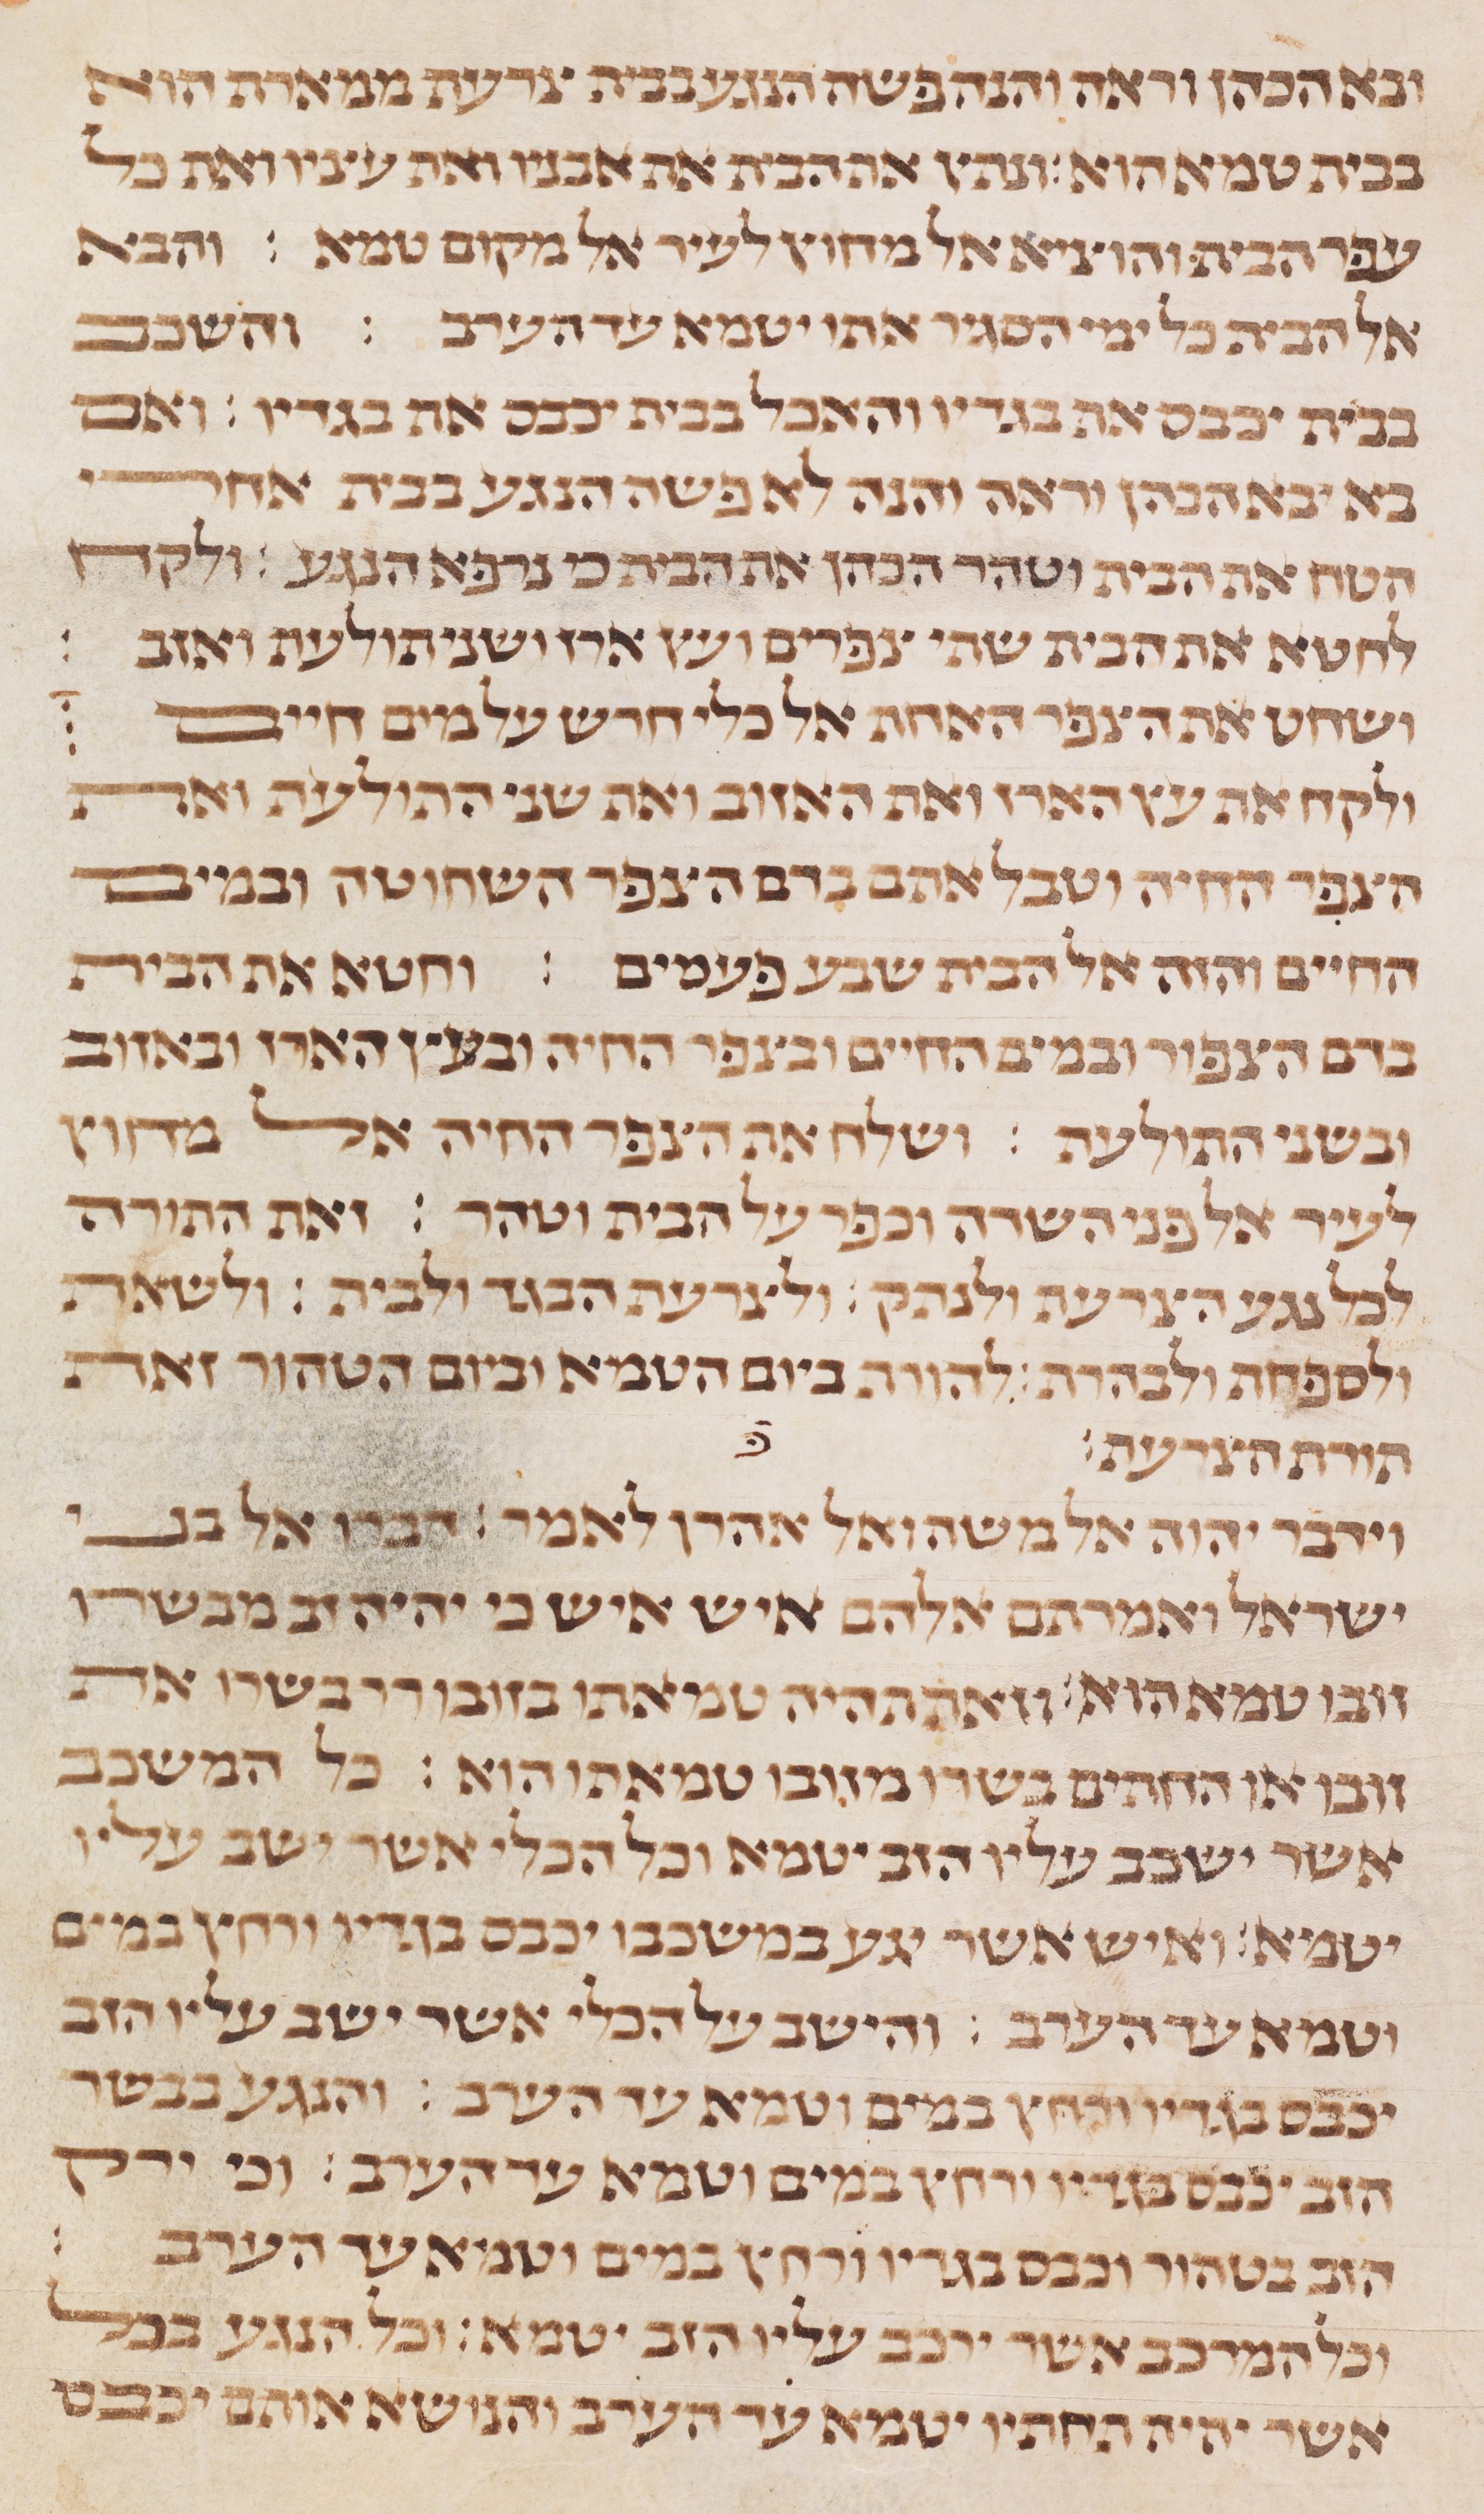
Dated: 1235–1255